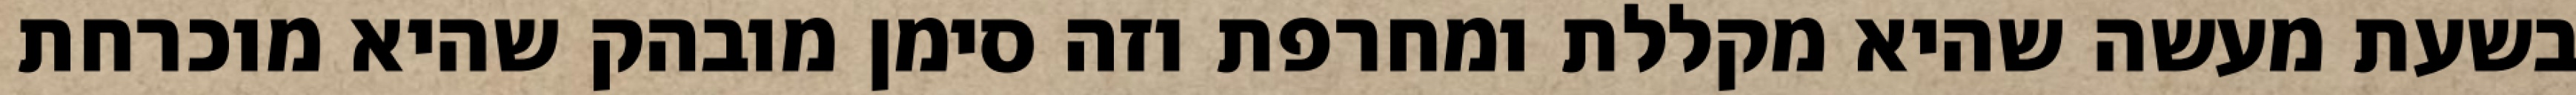
בשעת מעשה שהיא מקללת ומחרפת וזה סימן מובהק שהיא מוכרחת